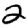
Digit: 2